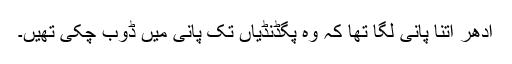
ادھر اتنا پانی لگا تھا کہ وہ پگڈنڈیاں تک پانی میں ڈوب چکی تھیں۔